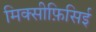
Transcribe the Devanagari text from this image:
मिक्सीफ़िसिई